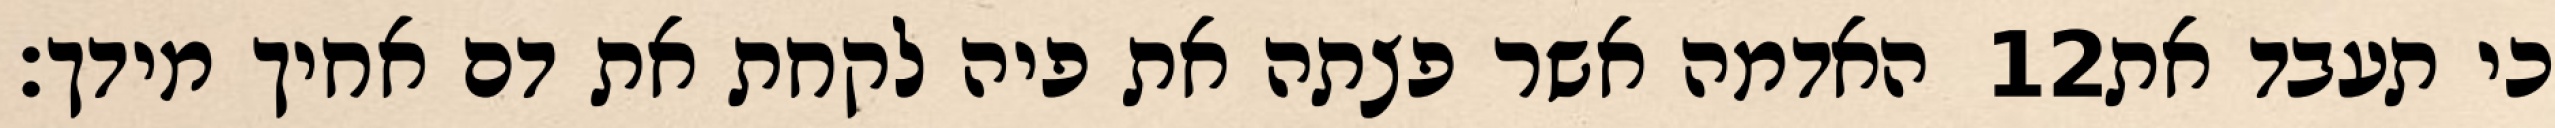
האדמה אשר פצתה את פיה לקחת את דם אחיך מידך׃ ‎12‏ כי תעבד את